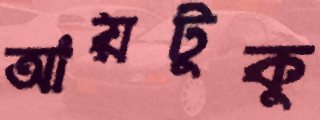
আয়টুকু